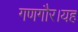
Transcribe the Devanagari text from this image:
गणगौर।यह